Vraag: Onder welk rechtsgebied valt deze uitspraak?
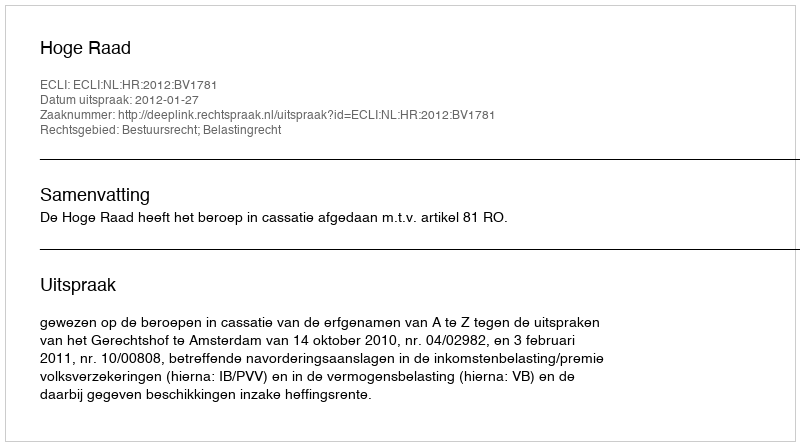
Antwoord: Bestuursrecht; Belastingrecht